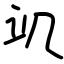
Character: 竌